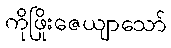
ကိုဖြိုးဇေယျာသော်